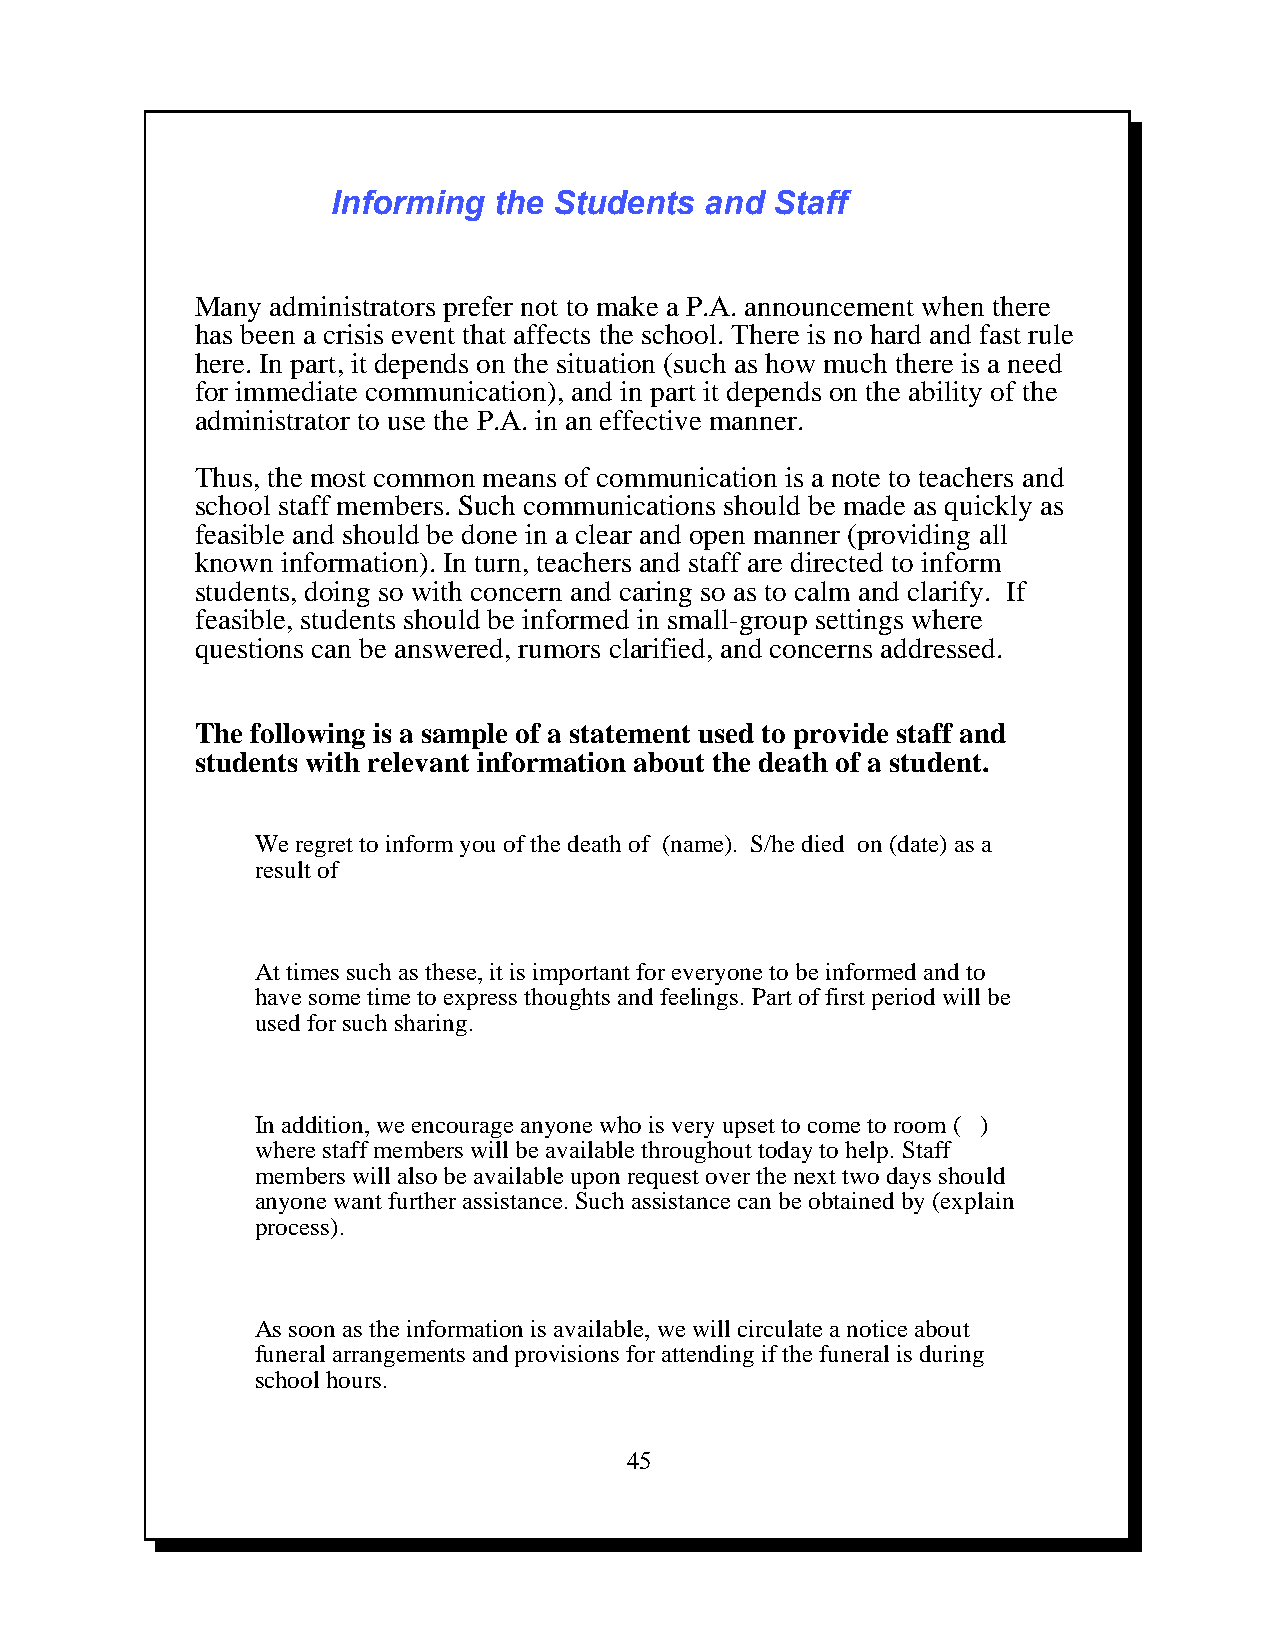
Informing  the Students  and Staff
 Many administrators prefer not to make a P.A. announcement when there
 has been a crisis event that affects the school. There is no hard and fast rule
 here. In part, it depends on the situation (such as how much there is a need
 for immediate communication), and in part it depends on the ability of the
 administrator to use the P.A. in an effective manner.
 Thus, the most common means of communication is a note to teachers and
 school staff members. Such communications should be made as quickly as
 feasible and should be done in a clear and open manner (providing all
 known information). In turn, teachers and staff are directed to inform
 students, doing so with concern and caring so as to calm and clarify. If
 feasible, students should be informed in small-group settings where
 questions can be answered, rumors clarified, and concerns addressed.
 The following is a sample of a statement used to provide staff and
 students with relevant information about the death of a student.
 We regret to inform you of the death of (name). S/he died on (date) as a
 result of
 At times such as these, it is important for everyone to be informed and to
 have some time to express thoughts and feelings. Part of first period will be
 used for such sharing.
 In addition, we encourage anyone who is very upset to come to room ( )
 where staff members will be available throughout today to help. Staff
 members will also be available upon request over the next two days should
 anyone want further assistance. Such assistance can be obtained by (explain
 process).
 As soon as the information is available, we will circulate a notice about
 funeral arrangements and provisions for attending if the funeral is during
 school hours.
 45